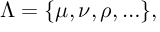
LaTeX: \Lambda = \{ \mu , \nu , \rho , \ldots \} ,